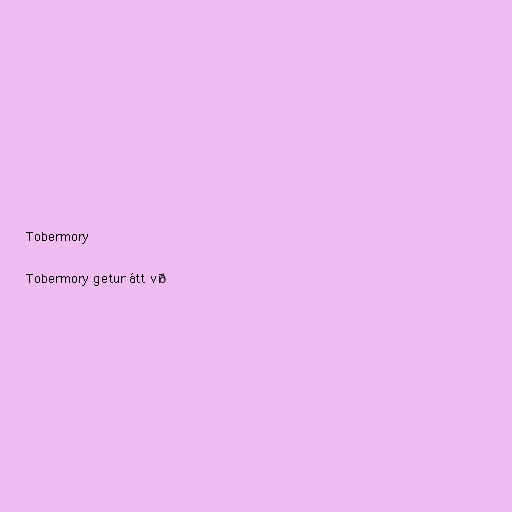
Tobermory

Tobermory getur átt við